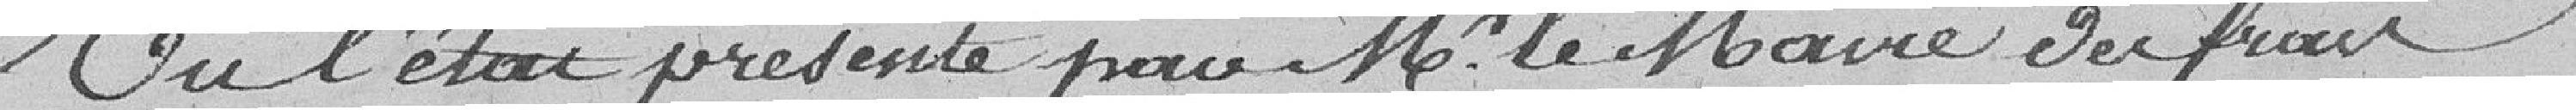
Vu l'état présenté par Mr le Maire des frais